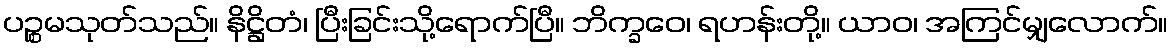
ပဉ္စမသုတ်သည်။ နိဋ္ဌိတံ၊ ပြီးခြင်းသို့ရောက်ပြီ။ ဘိက္ခဝေ၊ ရဟန်းတို့။ ယာဝ၊ အကြင်မျှလောက်။